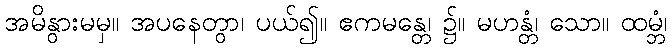
အမိနွားမမှ။ အပနေတွာ၊ ပယ်၍။ ဧကမန္တေ၊ ၌။ မဟန္တံ၊ သော။ ထမ္ဘံ၊